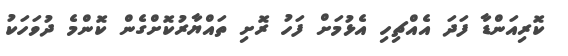
ކޮރިއަންޑާ ފަދަ އެއްޗިހި އެޅުމަށް ފަހު ރޮށި ތައްޔާރުކޮށްގެން ކޮންމެ ދުވަހަކު